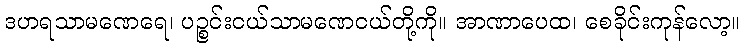
ဒဟရသာမဏေရေ၊ ပဉ္စင်းငယ်သာမဏေငယ်တို့ကို။ အာဏာပေထ၊ စေခိုင်းကုန်လော့။